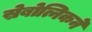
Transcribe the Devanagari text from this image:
स्रेबोत्निकने